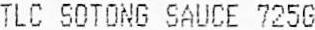
TLC SOTONG SAUCE 725G